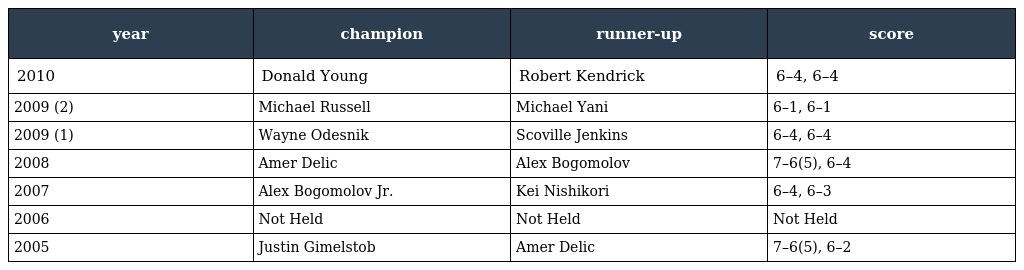
| year | champion | runner-up | score |
 | --- | --- | --- | --- |
 | 2010 | Donald Young | Robert Kendrick | 6–4, 6–4 |
 | 2009 (2) | Michael Russell | Michael Yani | 6–1, 6–1 |
 | 2009 (1) | Wayne Odesnik | Scoville Jenkins | 6–4, 6–4 |
 | 2008 | Amer Delic | Alex Bogomolov | 7–6(5), 6–4 |
 | 2007 | Alex Bogomolov Jr. | Kei Nishikori | 6–4, 6–3 |
 | 2006 | Not Held | Not Held | Not Held |
 | 2005 | Justin Gimelstob | Amer Delic | 7–6(5), 6–2 |